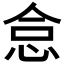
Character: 𢙅